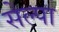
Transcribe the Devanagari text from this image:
सेल्पा